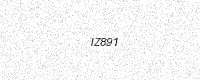
Text: IZ891